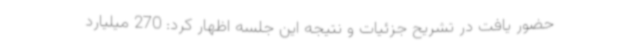
حضور یافت در تشریح جزئیات و نتیجه این جلسه اظهار کرد: 270 میلیارد